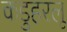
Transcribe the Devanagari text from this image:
कडुहरलू